Calcutta medical institutions reports 1879-81 [i.e.91]
Year: 1879
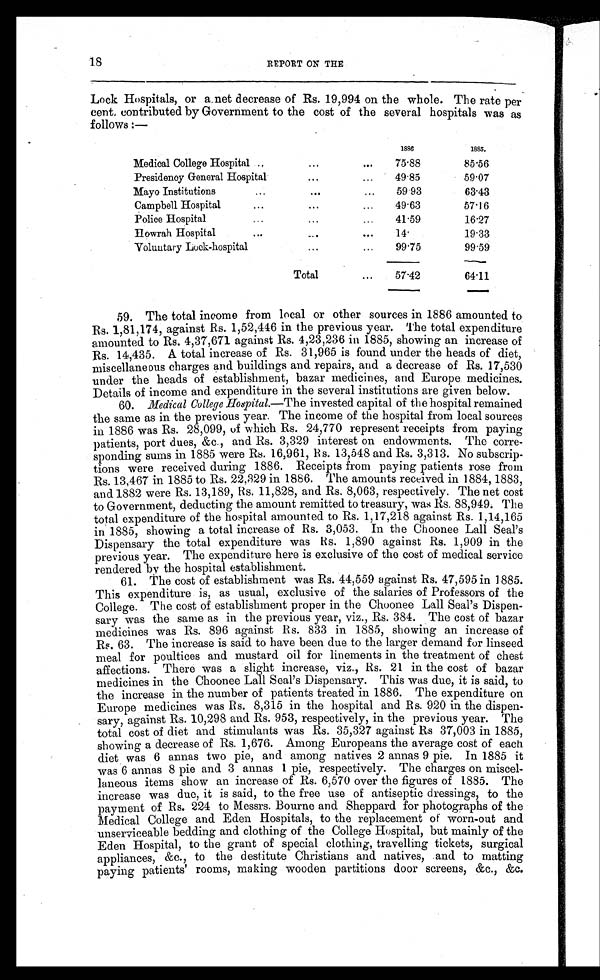
18
REPORT ON THE
Lock Hospitals, or a net decrease of Rs. 19,994 on the whole. The rate per
cent, contributed by Government to the cost of the several hospitals was as
follows :—
1886
1885.
Medical College Hospital ..
...
...
75.88
85.56
Presidency General Hospital
...
...
49.85
59.07
Mayo Institutions
...
...
...
59.93
63.43
Campbell Hospital
....
...
...
49.63
57.16
Police Hospital
...
...
...
41.59
16.27
Howrah Hospital
...
...
...
14.
19.33
V o l u n t a r y L o c k - h o s p i t a l . . .
99.75
99.59
Total
...
57.42
64.11
59. The total income from local or other sources in 1886 amounted to
R s . 1 , 8 1 , 1 7 4 , a g a i n s t R s . 1 , 5 2 , 4 4 6 i n t h e p r e v i o u s y e a r . T h e t o t a l e x p e n d i t u r e
amounted to Rs. 4,37,671 against Rs. 4,23,236 in 1885, showing an increase of
Rs. 14,435. A total increase of Rs. 31,965 is found under the heads of diet,
miscellaneous charges and buildings and repairs, and a decrease of Rs. 17,530
under the heads of establishment, bazar medicines, and Europe medicines.
Details of income and expenditure in the several institutions are given below.
60.
Medical College Hospital.—The
invested capital of the hospital remained
the same as in the previous year. The income of the hospital from local sources
in 1886 was Rs. 28,099, of which Rs. 24,770 represent receipts from paying
patients, port dues, &c., and Rs. 3,329 interest on endowments. The corre--
sponding sums in 1885 were Rs. 16,961, Rs. 13,548 and Rs. 3,313. No subscrip--
tions were received during 1886. Receipts from paying patients rose from
Rs. 13,467 in 1885 to Rs. 22,329 in 1886. The amounts received in 1884, 1883,
and 1882 were Rs. 13,189, Rs. 11,828, and Rs. 8,063, respectively. The net cost
to Government, deducting the amount remitted to treasury, was Rs. 88,949. The
total expenditure of the hospital amounted to Rs. 1,17,218 against Rs. 1,14,165
in 1885, showing a total increase of Rs. 3,053. In the Choonee Lall Seal’s
Dispensary the total expenditure was Rs. 1,890 against Rs. 1,909 in the
previous year. The expenditure here is exclusive of the cost of medical service
rendered by the hospital establishment.
61. The cost of establishment was Rs. 44,559 against Rs. 47,595 in l885.
This expenditure is, as usual, exclusive of the salaries of Professors of the
College. The cost of establishment proper in the Choonee Lall Seal’s Dispen-
sary was the same as in the previous year, viz., Rs. 384. The cost of bazar
medicines was Rs. 896 against Rs. 833 in 1885, showing an increase of
Rs. 63. The increase is said to have been due to the larger demand for linseed
meal for poultices and mustard oil for linements in the treatment of chest
affections. There was a slight increase, viz., Rs. 21 in the cost of bazar
medicines in the Choonee Lall Seal’s Dispensary. This was due, it is said, to
the increase in the number of patients treated in 1886. The expenditure on
Europe medicines was Rs. 8,315 in the hospital and Rs. 920 in the dispen--
sary, against Rs. 10,298 and Rs. 953, respectively, in the previous year. The
total cost of diet and stimulants was Rs. 35,327 against Rs 37,003 in 1885,
showing a decrease of Rs. 1,676. Among Europeans the average cost of each
diet was 6 annas two pie, and among natives 2 annas 9 pie. In 1885 it
was 6 annas 8 pie and 3 annas 1 pie, respectively. The charges on miscel--
laneous items show an increase of Rs. 6,570 over the figures of 1885. The
increase was due, it is said, to the free use of antiseptic dressings, to the
payment of Rs. 224 to Messrs. Bourne and Sheppard for photographs of the
Medical College and Eden Hospitals, to the replacement of worn-out and
unserviceable bedding and clothing of the College Hospital, but mainly of the
Eden Hospital, to the grant of special clothing, travelling tickets, surgical
appliances, &c., to the destitute Christians and natives, and to matting
paying patients’ rooms, making wooden partitions door screens, &c., &c.